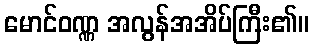
မောင်ဝဏ္ဏ အလွန်အအိပ်ကြီး၏။